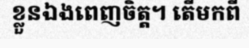
ខ្លួនឯងពេញចិត្ត។ តើមកពី